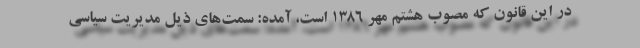
در این قانون که مصوب هشتم مهر 1386 است، آمده: سمت‌های ذیل مدیریت سیاسی